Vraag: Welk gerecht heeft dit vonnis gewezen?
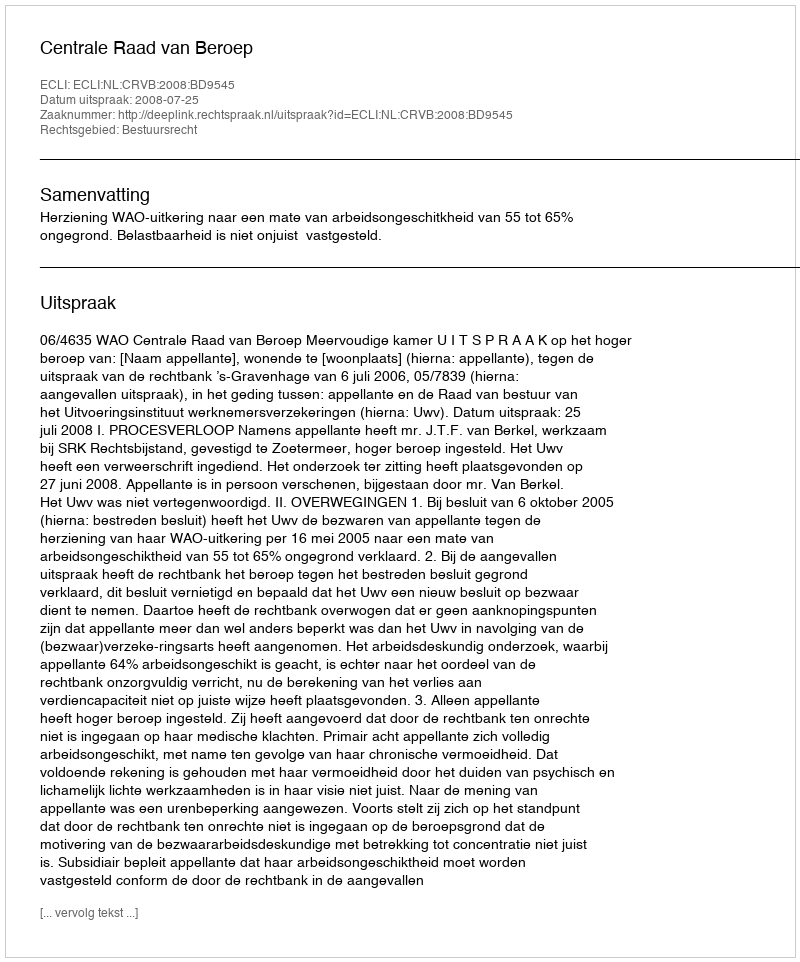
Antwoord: Centrale Raad van Beroep